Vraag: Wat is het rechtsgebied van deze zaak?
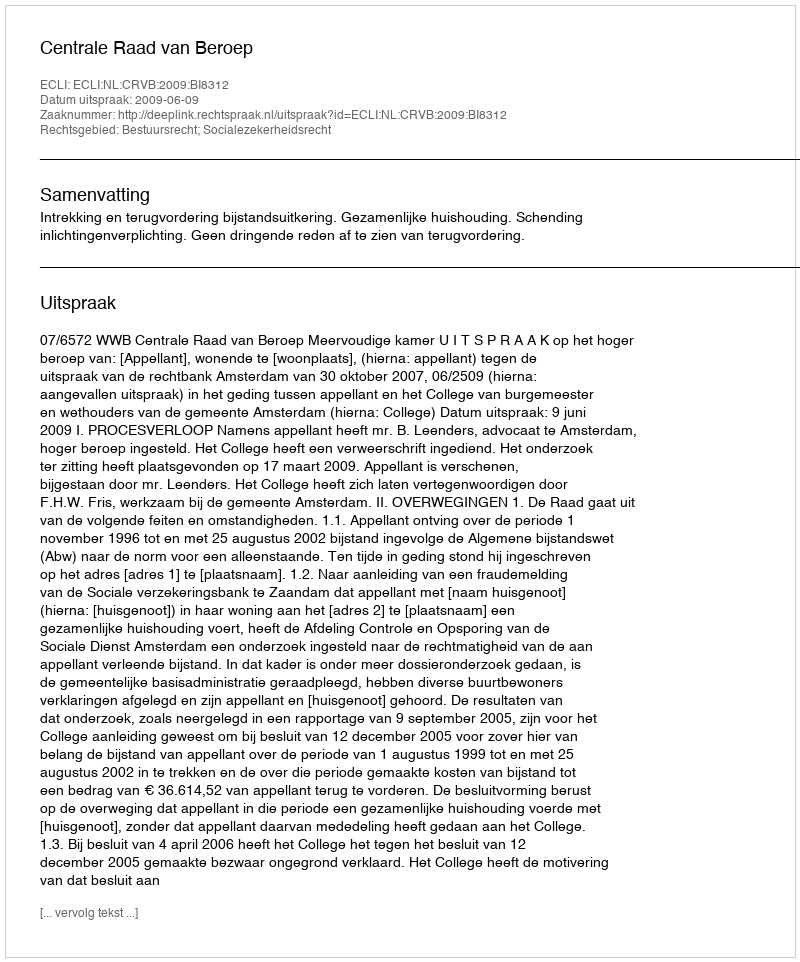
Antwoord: Bestuursrecht; Socialezekerheidsrecht